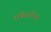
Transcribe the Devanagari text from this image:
राबेसपीयर